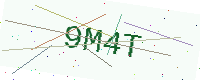
Text: 9M4T